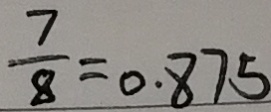
\frac { 7 } { 8 } = 0 . 8 7 5